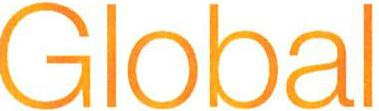
Global